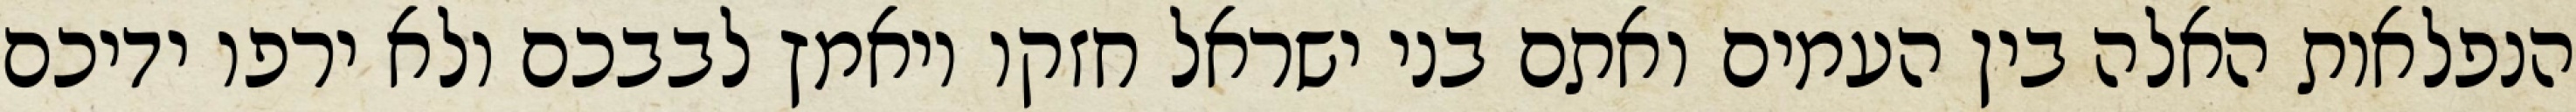
הנפלאות האלה בין העמים ואתם בני ישראל חזקו ויאמץ לבבכם ולא ירפו ידיכם